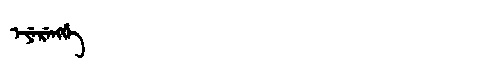
Manchu: ᡝᠶᡝᡵᡝᠩᡤᡝ
Romanization: EYERENGGE